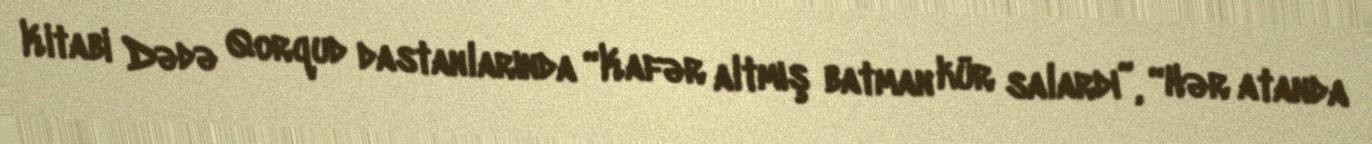
Kitabi Dədə Qorqud dastanlarında “Kafər altmış batman kür salardı”, “Hər atanda